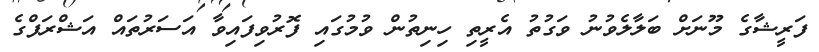
ފަރީޝާގެ މޫނަށް ބަލާލެވުނު ވަގުތު އެރީތި ހިނިތުން ވުމުގައި ފޮރުވިފައިވާ އަސަރުތައް އަޝްރަފްގެ